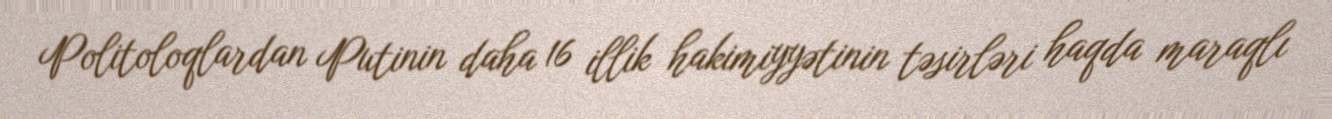
Politoloqlardan Putinin daha 16 illik hakimiyyətinin təsirləri haqda maraqlı